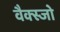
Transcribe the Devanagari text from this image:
वैक्स्जो